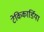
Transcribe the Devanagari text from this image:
टेकिकार्डिया